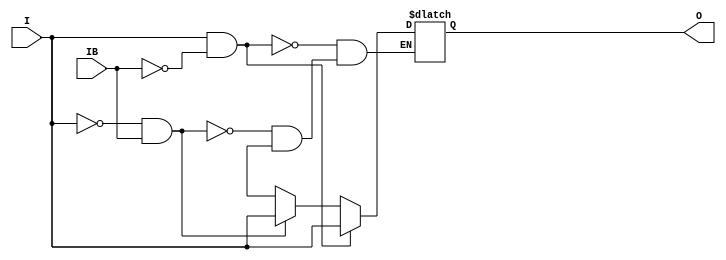
// $Header: /devl/xcs/repo/env/Databases/CAEInterfaces/verunilibs/data/unisims/IBUFGDS.v,v 1.10 2009/08/21 23:55:43 harikr Exp $
///////////////////////////////////////////////////////////////////////////////
// Copyright (c) 1995/2004 Xilinx, Inc.
// All Right Reserved.
///////////////////////////////////////////////////////////////////////////////
//   ____  ____
//  /   /\/   /
// /___/  \  /    Vendor : Xilinx
// \   \   \/     Version : 10.1
//  \   \         Description : Xilinx Functional Simulation Library Component
//  /   /                  Differential Signaling Input Clock Buffer
// /___/   /\     Filename : IBUFGDS.v
// \   \  /  \    Timestamp : Thu Mar 25 16:42:24 PST 2004
//  \___\/\___\
//
// Revision:
//    03/23/04 - Initial version.
//    05/23/07 - Changed timescale to 1 ps / 1 ps.
//    07/26/07 - Add else to handle x case for o_out (CR 424214).
//    07/16/08 - Added IBUF_LOW_PWR attribute.
//    03/19/09 - CR 511590 - Added Z condition handling.
//    04/22/09 - CR 519127 - Changed IBUF_LOW_PWR default to TRUE.
// End Revision


`timescale  1 ps / 1 ps


module IBUFGDS (O, I, IB);

    parameter CAPACITANCE = "DONT_CARE";   
    parameter DIFF_TERM = "FALSE";
    parameter IBUF_DELAY_VALUE = "0";
    parameter IBUF_LOW_PWR = "TRUE";
    parameter IOSTANDARD = "DEFAULT";
   
    output O;
    input  I, IB;

    reg o_out;

    buf b_0 (O, o_out);

    initial begin
	
        case (CAPACITANCE)

            "LOW", "NORMAL", "DONT_CARE" : ;
            default : begin
                          $display("Attribute Syntax Error : The attribute CAPACITANCE on IBUFGDS instance %m is set to %s.  Legal values for this attribute are DONT_CARE, LOW or NORMAL.", CAPACITANCE);
                          $finish;
                      end

        endcase

	
	case (DIFF_TERM)

            "TRUE", "FALSE" : ;
            default : begin
                          $display("Attribute Syntax Error : The attribute DIFF_TERM on IBUFGDS instance %m is set to %s.  Legal values for this attribute are TRUE or FALSE.", DIFF_TERM);
                          $finish;
                      end

	endcase

	
	case (IBUF_DELAY_VALUE)

            "0", "1", "2", "3", "4", "5", "6", "7", "8", "9", "10", "11", "12", "13", "14", "15", "16" : ;
            default : begin
                          $display("Attribute Syntax Error : The attribute IBUF_DELAY_VALUE on IBUFGDS instance %m is set to %s.  Legal values for this attribute are 0, 1, 2, ... or 16.", IBUF_DELAY_VALUE);
                          $finish;
                      end

        endcase

        case (IBUF_LOW_PWR)

            "FALSE", "TRUE" : ;
            default : begin
                          $display("Attribute Syntax Error : The attribute IBUF_LOW_PWR on IBUF instance %m is set to %s.  Legal values for this attribute are TRUE or FALSE.", IBUF_LOW_PWR);
                          $finish;
                      end

        endcase


    end
    
    always @(I or IB) begin
	if (I == 1'b1 && IB == 1'b0)
	    o_out <= I;
	else if (I == 1'b0 && IB == 1'b1)
	    o_out <= I;
        else if (I == 1'bx || I == 1'bz || IB == 1'bx || IB == 1'bz)
            o_out <= 1'bx;
    end

endmodule